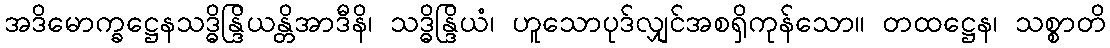
အဒိမောက္ခဋ္ဌေနသဒ္ဓိန္ဒြိယန္တိအာဒီနိ၊ သဒ္ဓိန္ဒြိယံ၊ ဟူသောပုဒ်လျှင်အစရှိကုန်သော။ တထဋ္ဌေန၊ သစ္စာတိ